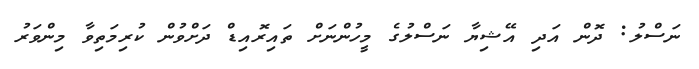
ނަސްލު: ދޮން އަދި އޭޝިޔާ ނަސްލުގެ މީހުންނަށް ތައިރޮއިޑް ދަށްވުން ކުރިމަތިވާ މިންވަރު